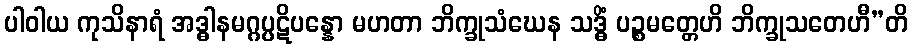
ပါဝါယ ကုသိနာရံ အဒ္ဓါနမဂ္ဂပ္ပဋိပန္နော မဟတာ ဘိက္ခုသံဃေန သဒ္ဓိံ ပဉ္စမတ္တေဟိ ဘိက္ခုသတေဟီ”တိ